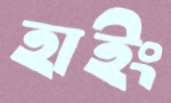
হাইং